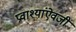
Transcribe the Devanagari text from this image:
प्रवाश्यांऐवजी